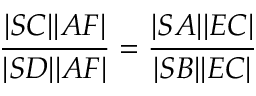
{ \frac { | S C | | A F | } { | S D | | A F | } } = { \frac { | S A | | E C | } { | S B | | E C | } }